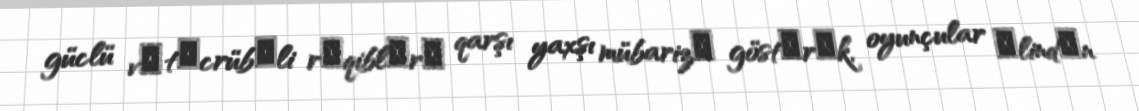
güclü vә tәcrübәli rәqiblәrә qarşı yaxşı mübarizә göstәrәk, oyunçular әlindәn